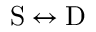
\mathrm { S } \leftrightarrow \mathrm { D }